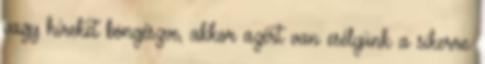
vagy híreket böngészve, akkor azért van esélyünk a sikerre.